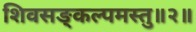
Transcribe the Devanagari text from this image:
शिवसङ्कल्पमस्तु॥२॥